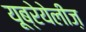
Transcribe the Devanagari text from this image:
यूब्रेयेलीज़